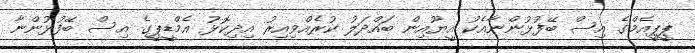
ޕީޕީއެމްގެ އިސް ބޭފުޅުންނާއެކު އީޔޫއިން ބައްދަލު ކުރެއްވިއިރު އިދިކޮޅު އެމްޑީޕީގެ އިސް ބޭފުޅުންނާ